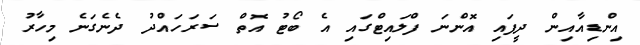
އިންޑިއާއިން ދީފައި އޮންނަ ފްލައިޓްގައި އެ ބޯޓު އޮތް ސަރަހައްދު ދެނެގަނެ މިހާރު